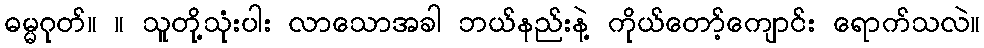
ဓမ္မဂုတ်။ ။ သူတို့သုံးပါး လာသောအခါ ဘယ်နည်းနဲ့ ကိုယ်တော့်ကျောင်း ရောက်သလဲ။